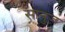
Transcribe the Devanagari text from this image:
सानुज